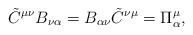
LaTeX: \begin{align*} \tilde{C}^{\mu\nu}B_{\nu\alpha}=B_{\alpha\nu}\tilde{C}^{\nu\mu}= \Pi^\mu_\alpha,\end{align*}